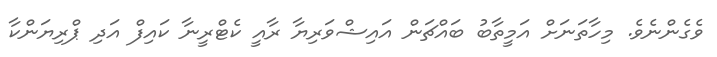
ވެގެންނެވެ. މިހާތަނަށް އަމީތާބު ބައްޗަން އައިޝްވަރިޔާ ރާއީ ކެޓްރީނާ ކައިފް އަދި ޕްރިޔަންކާ